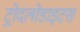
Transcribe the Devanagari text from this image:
ट्रोदलोडाइटस